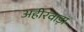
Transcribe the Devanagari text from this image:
अहीरवाड़ा